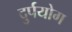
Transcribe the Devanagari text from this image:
दुर्पयोग